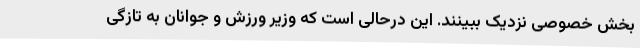
بخش خصوصی نزدیک ببینند. این درحالی است که وزیر ورزش و جوانان به تازگی